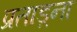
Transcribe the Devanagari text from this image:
प्रताड़्ना